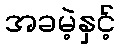
အခမဲ့နှင့်